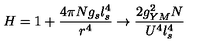
H = 1 + \frac { 4 \pi N g _ { s } l _ { s } ^ { 4 } } { r ^ { 4 } } \rightarrow \frac { 2 g _ { Y M } ^ { 2 } N } { U ^ { 4 } l _ { s } ^ { 4 } }